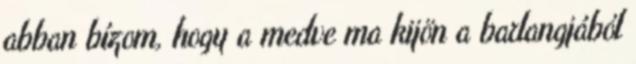
abban bízom, hogy a medve ma kijön a barlangjából